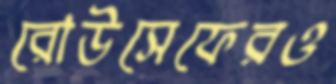
রোউসেফেরও